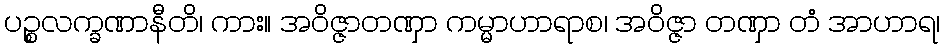
ပဉ္စလက္ခဏာနီတိ၊ ကား။ အဝိဇ္ဇာတဏှာ ကမ္မာဟာရာစ၊ အဝိဇ္ဇာ တဏှာ တံ အာဟာရ၊